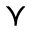
\curlyvee